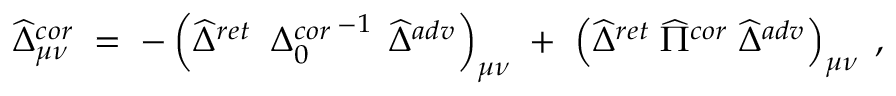
\widehat { \Delta } _ { \mu \nu } ^ { c o r } \; = \; - \left( \widehat { \Delta } ^ { r e t } \; \left. { \Delta } _ { 0 } ^ { c o r } \right. ^ { - 1 } \; \widehat { \Delta } ^ { a d v } \right) _ { \mu \nu } \; + \; \left( \widehat { \Delta } ^ { r e t } \; \widehat { \Pi } ^ { c o r } \; \widehat { \Delta } ^ { a d v } \right) _ { \mu \nu } \; ,